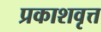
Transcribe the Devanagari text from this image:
प्रकाशवृत्त